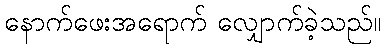
နောက်ဖေးအရောက် လျှောက်ခဲ့သည်။